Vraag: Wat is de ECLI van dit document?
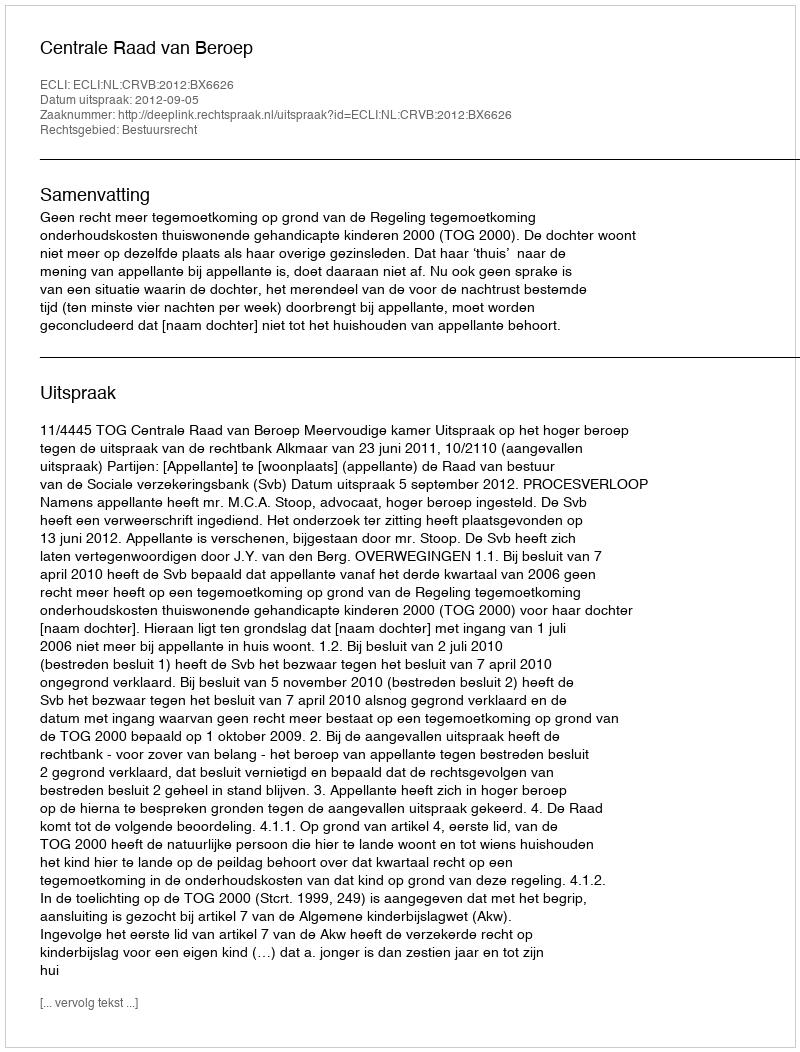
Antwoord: ECLI:NL:CRVB:2012:BX6626